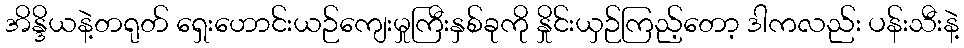
အိန္ဒိယနဲ့တရုတ် ရှေးဟောင်းယဉ်ကျေးမှုကြီးနှစ်ခုကို နှိုင်းယှဉ်ကြည့်တော့ ဒါကလည်း ပန်းသီးနဲ့